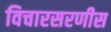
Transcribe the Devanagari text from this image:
विचारसरणीस